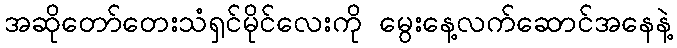
အဆိုတော်တေးသံရှင်မိုင်လေးကို မွေးနေ့လက်ဆောင်အနေနဲ့